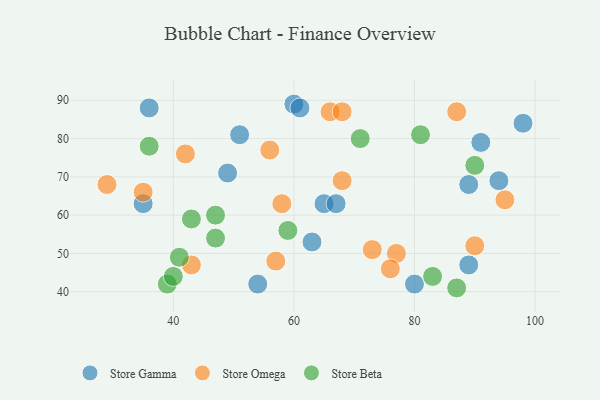
{"axis": {"x": "GDP", "y": "Life Expectancy"}, "legend": ["Store Beta", "Store Gamma", "Store Omega"], "data": [{"x": "49", "y": 71, "type": "Store Gamma"}, {"x": "51", "y": 81, "type": "Store Gamma"}, {"x": "54", "y": 42, "type": "Store Gamma"}, {"x": "65", "y": 63, "type": "Store Gamma"}, {"x": "67", "y": 63, "type": "Store Gamma"}, {"x": "60", "y": 89, "type": "Store Gamma"}, {"x": "80", "y": 42, "type": "Store Gamma"}, {"x": "89", "y": 68, "type": "Store Gamma"}, {"x": "36", "y": 88, "type": "Store Gamma"}, {"x": "35", "y": 63, "type": "Store Gamma"}, {"x": "91", "y": 79, "type": "Store Gamma"}, {"x": "61", "y": 88, "type": "Store Gamma"}, {"x": "94", "y": 69, "type": "Store Gamma"}, {"x": "98", "y": 84, "type": "Store Gamma"}, {"x": "63", "y": 53, "type": "Store Gamma"}, {"x": "89", "y": 47, "type": "Store Gamma"}, {"x": "57", "y": 48, "type": "Store Omega"}, {"x": "68", "y": 69, "type": "Store Omega"}, {"x": "90", "y": 52, "type": "Store Omega"}, {"x": "66", "y": 87, "type": "Store Omega"}, {"x": "29", "y": 68, "type": "Store Omega"}, {"x": "58", "y": 63, "type": "Store Omega"}, {"x": "42", "y": 76, "type": "Store Omega"}, {"x": "87", "y": 87, "type": "Store Omega"}, {"x": "35", "y": 66, "type": "Store Omega"}, {"x": "43", "y": 47, "type": "Store Omega"}, {"x": "68", "y": 87, "type": "Store Omega"}, {"x": "77", "y": 50, "type": "Store Omega"}, {"x": "56", "y": 77, "type": "Store Omega"}, {"x": "76", "y": 46, "type": "Store Omega"}, {"x": "73", "y": 51, "type": "Store Omega"}, {"x": "95", "y": 64, "type": "Store Omega"}, {"x": "47", "y": 54, "type": "Store Beta"}, {"x": "59", "y": 56, "type": "Store Beta"}, {"x": "81", "y": 81, "type": "Store Beta"}, {"x": "36", "y": 78, "type": "Store Beta"}, {"x": "39", "y": 42, "type": "Store Beta"}, {"x": "41", "y": 49, "type": "Store Beta"}, {"x": "40", "y": 44, "type": "Store Beta"}, {"x": "90", "y": 73, "type": "Store Beta"}, {"x": "83", "y": 44, "type": "Store Beta"}, {"x": "87", "y": 41, "type": "Store Beta"}, {"x": "47", "y": 60, "type": "Store Beta"}, {"x": "71", "y": 80, "type": "Store Beta"}, {"x": "43", "y": 59, "type": "Store Beta"}]}